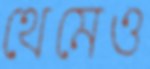
থেমেও